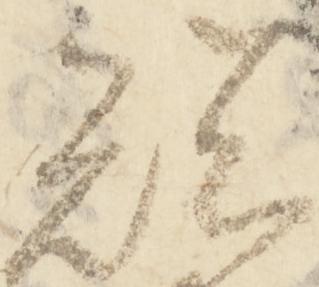
短